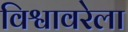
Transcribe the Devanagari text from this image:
विश्वावरेला